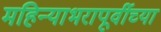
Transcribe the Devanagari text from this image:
महिन्याभरापूर्वीच्या